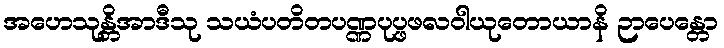
အဟေသုန္တိအာဒီသု သယံပတိတပဏ္ဏပုပ္ဖဖလဝါယုတောယာနိ ဉာပေန္တော